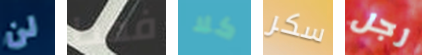
لن فقط كلا سكر رجل